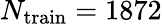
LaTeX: N_{\mathrm{train}}=1872